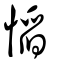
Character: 慆